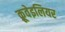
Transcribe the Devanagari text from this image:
क्रूवेइलियर